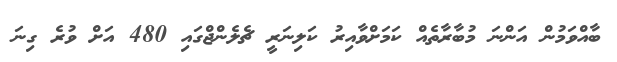
ބާއްވަމުން އަންނަ މުބާރާތެއް ކަމަށްވާއިރު ކަލިނަރީ ޗެލެންޖްގައި 480 އަށް ވުރެ ގިނަ